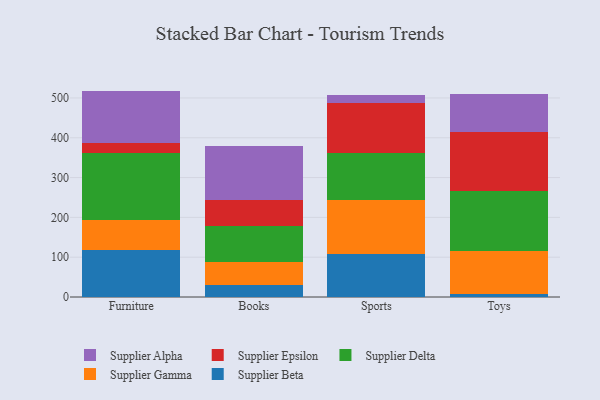
{"axis": {"x": "Category", "y": "Population (Million)"}, "legend": ["Supplier Alpha", "Supplier Beta", "Supplier Delta", "Supplier Epsilon", "Supplier Gamma"], "data": [{"x": "Furniture", "y": 117.3, "type": "Supplier Beta"}, {"x": "Furniture", "y": 75.6, "type": "Supplier Gamma"}, {"x": "Furniture", "y": 169.9, "type": "Supplier Delta"}, {"x": "Furniture", "y": 24.4, "type": "Supplier Epsilon"}, {"x": "Furniture", "y": 130.6, "type": "Supplier Alpha"}, {"x": "Books", "y": 31.3, "type": "Supplier Beta"}, {"x": "Books", "y": 57.8, "type": "Supplier Gamma"}, {"x": "Books", "y": 88.2, "type": "Supplier Delta"}, {"x": "Books", "y": 67.5, "type": "Supplier Epsilon"}, {"x": "Books", "y": 135.5, "type": "Supplier Alpha"}, {"x": "Sports", "y": 107.8, "type": "Supplier Beta"}, {"x": "Sports", "y": 135.2, "type": "Supplier Gamma"}, {"x": "Sports", "y": 119.5, "type": "Supplier Delta"}, {"x": "Sports", "y": 125.3, "type": "Supplier Epsilon"}, {"x": "Sports", "y": 20.6, "type": "Supplier Alpha"}, {"x": "Toys", "y": 6.3, "type": "Supplier Beta"}, {"x": "Toys", "y": 108.4, "type": "Supplier Gamma"}, {"x": "Toys", "y": 152.7, "type": "Supplier Delta"}, {"x": "Toys", "y": 147.5, "type": "Supplier Epsilon"}, {"x": "Toys", "y": 95.2, "type": "Supplier Alpha"}]}